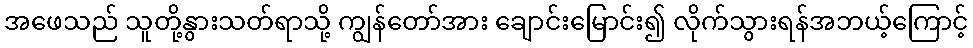
အဖေသည် သူတို့နွားသတ်ရာသို့ ကျွန်တော်အား ချောင်းမြောင်း၍ လိုက်သွားရန်အဘယ့်ကြောင့်